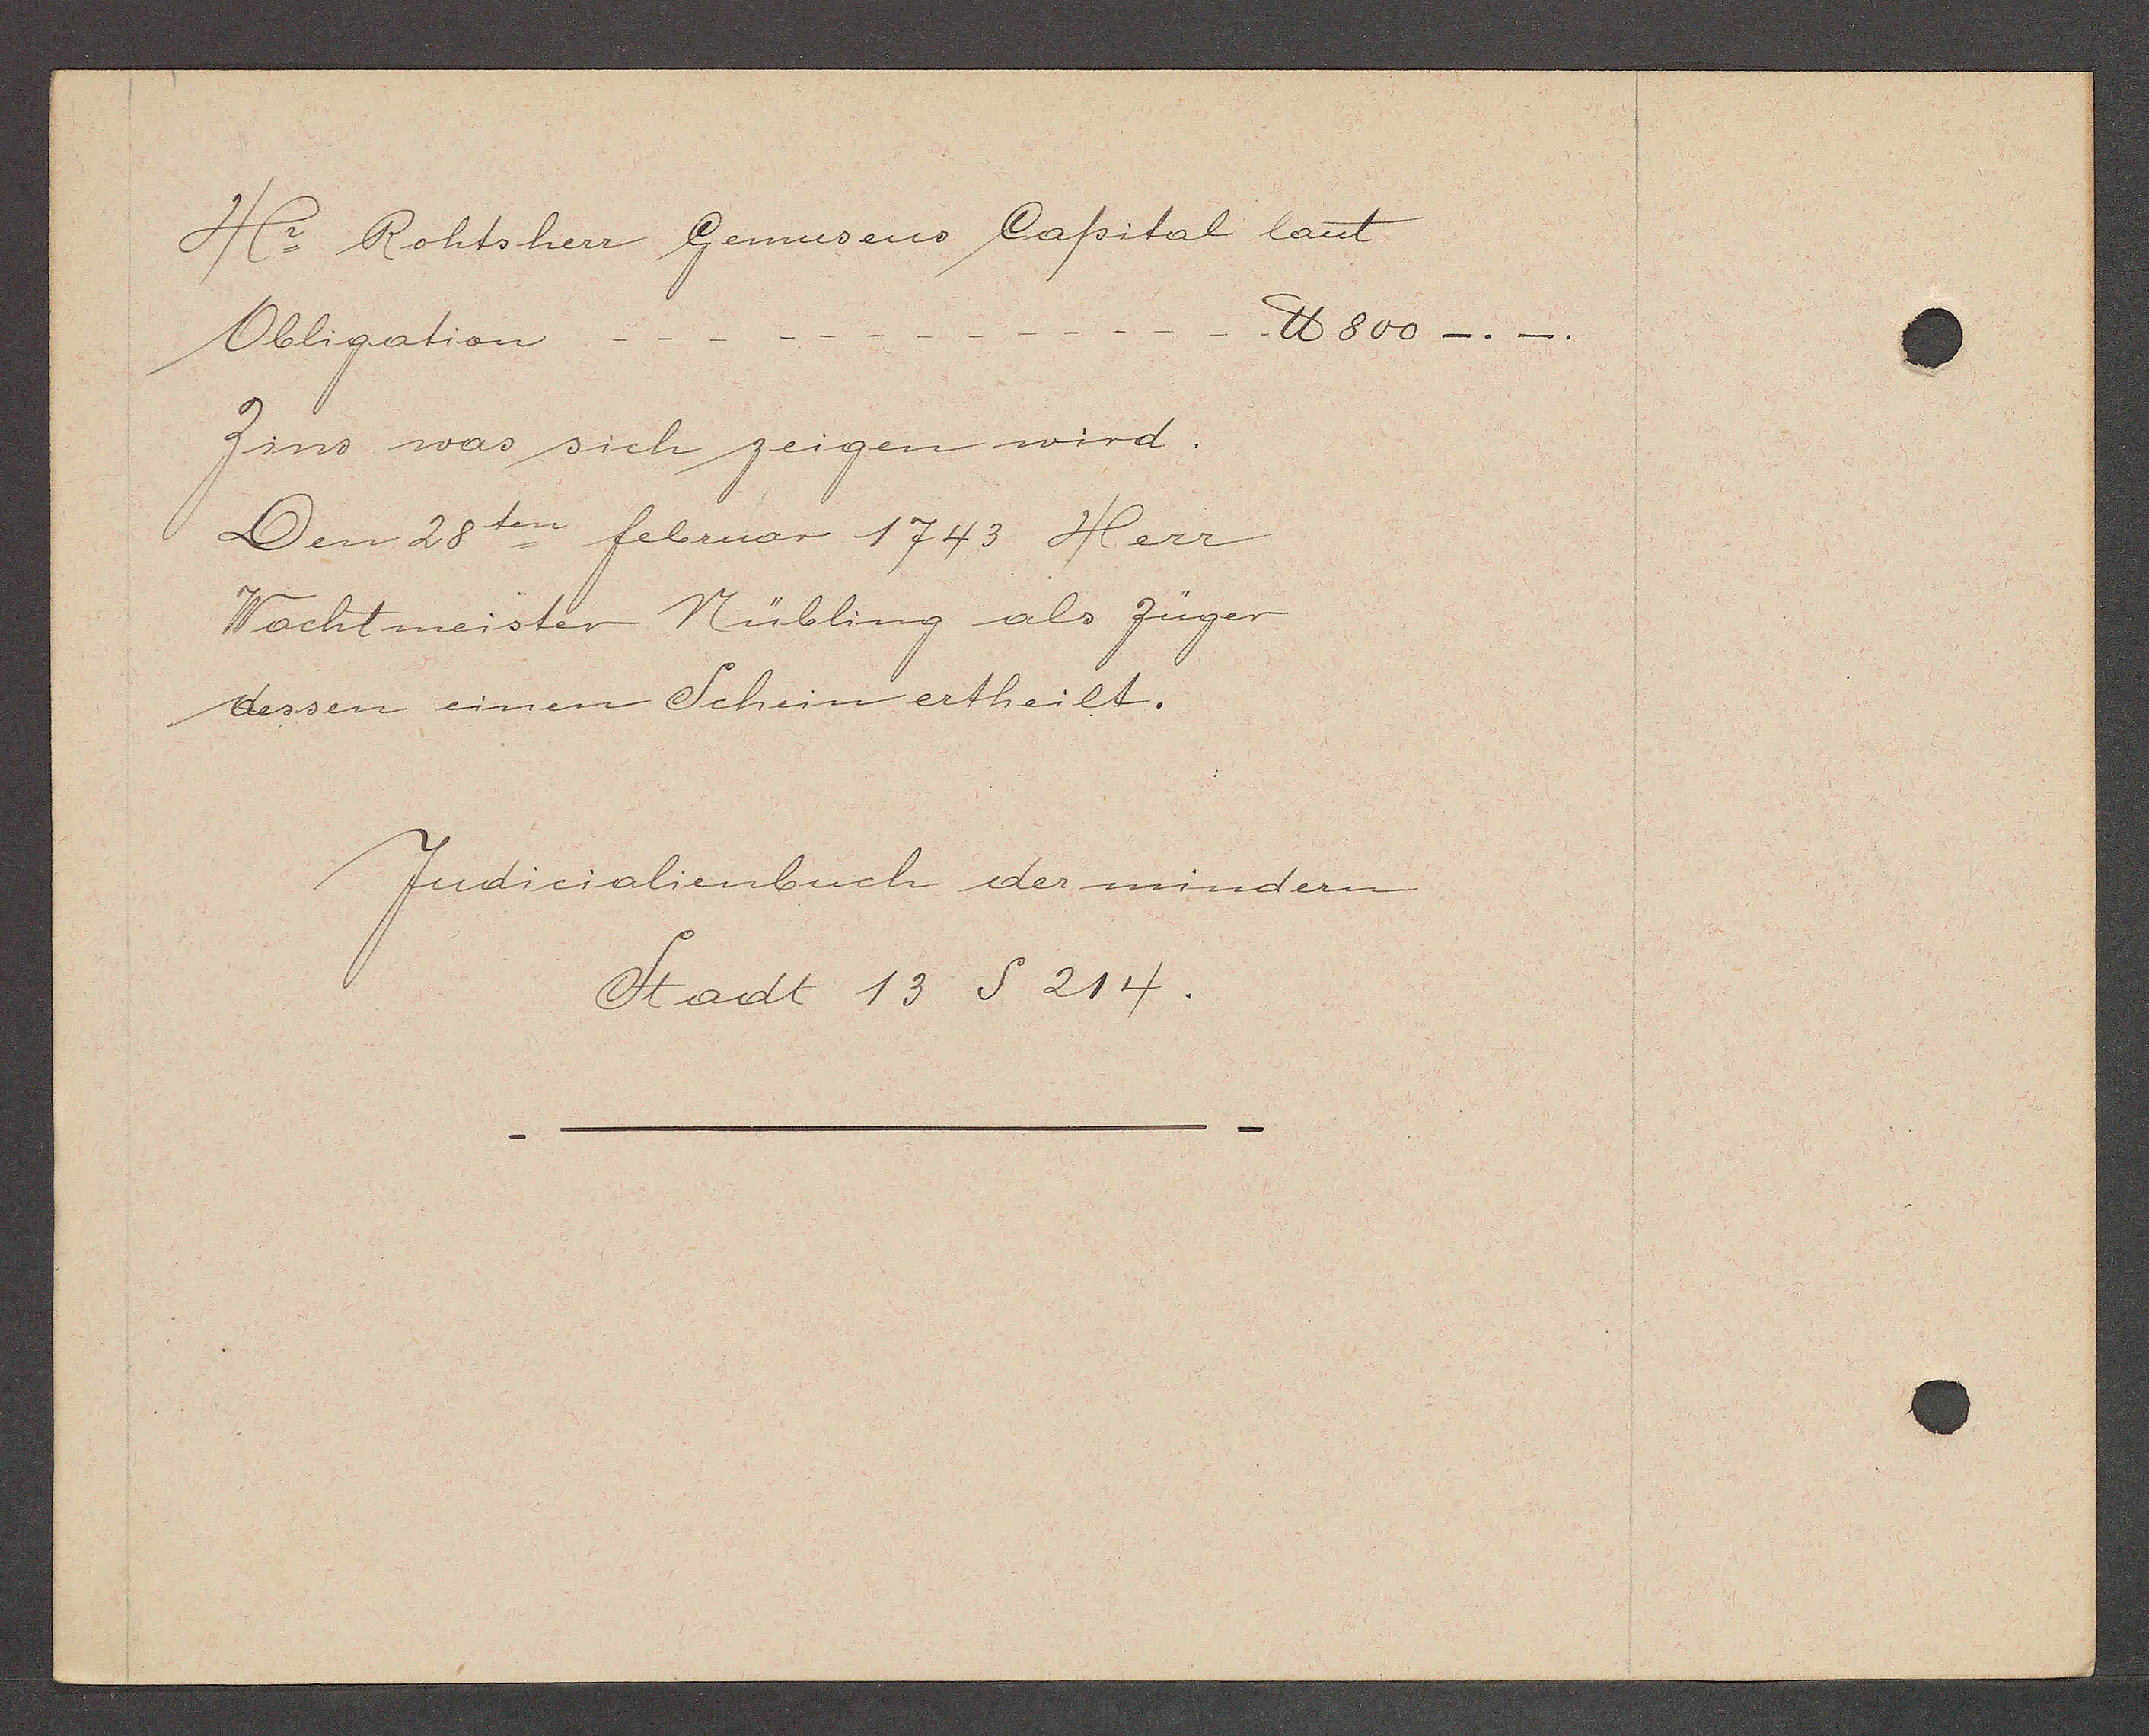
Transcript:
Hr. Rohtsherr Gemusens Capital laut
℔ 800
Obligation
Zins was sich zeigen wird.
Den 28ten februar 1743 Herr
Wachtmeister Nübling als zünger
dessen einen Schein ertheilt.

Judicialienbuch der mindern
Stadt 13 S 214.